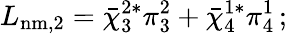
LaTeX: L_{\mathrm{nm,2}}={\bar{\chi}}_{3}^{2*}\pi_{3}^{2}+{\bar{\chi}}_{4}^{1*}\pi_{4}^{1}\, ;